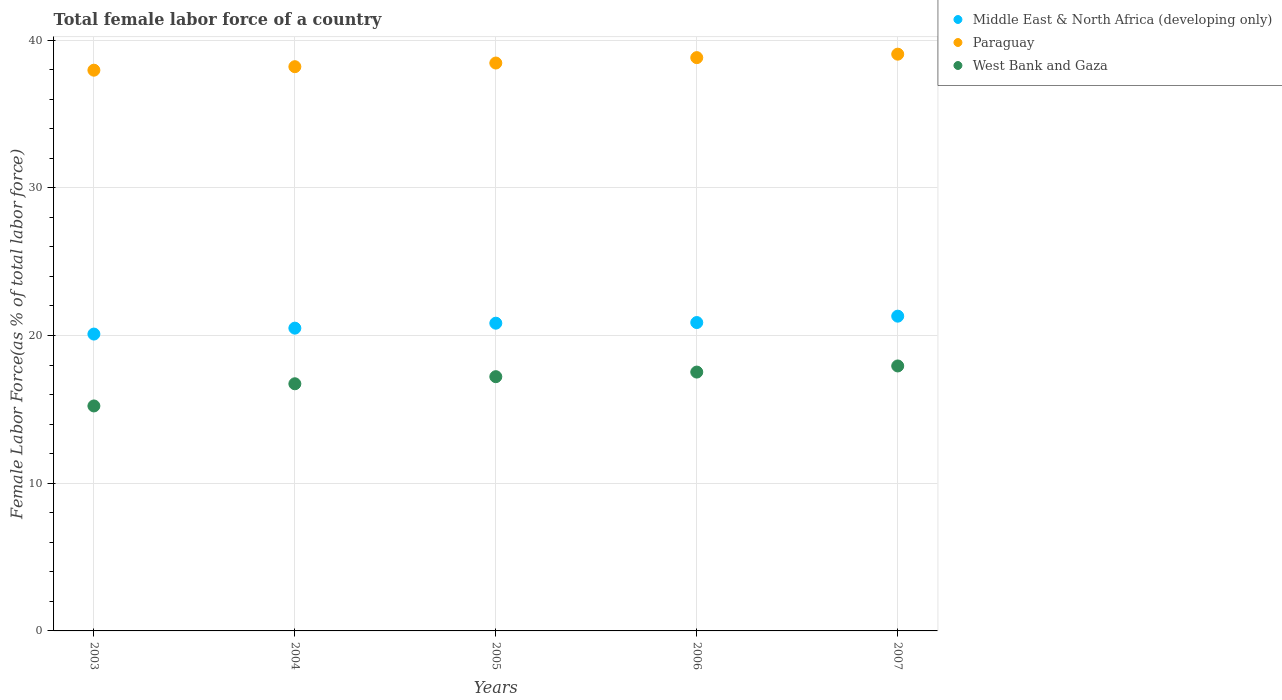
| Years | Middle East & North Africa (developing only) | Paraguay | West Bank and Gaza |
 | --- | --- | --- | --- |
 | 2003 | 20.1 | 38 | 15.2 |
 | 2004 | 20.5 | 38.2 | 16.7 |
 | 2005 | 20.8 | 38.4 | 17.2 |
 | 2006 | 20.9 | 38.8 | 17.5 |
 | 2007 | 21.3 | 39 | 17.9 |